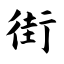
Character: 街